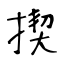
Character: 揳